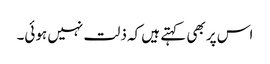
اس پر بھی کہتے ہیں کہ ذلت نہیں ہوئی۔